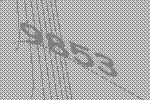
9853